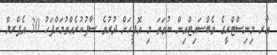
އާރ މިނިސްޓްރީގެ ވެބްސައިޓްއިން ނުވަތަ މި އޮފީހަށް ދުރުވެ ސާފުކުރެއްވުމަށްފަހު 30 އެޕްރލް